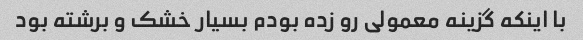
با اینکه گزینه معمولی رو زده بودم بسیار خشک و برشته بود